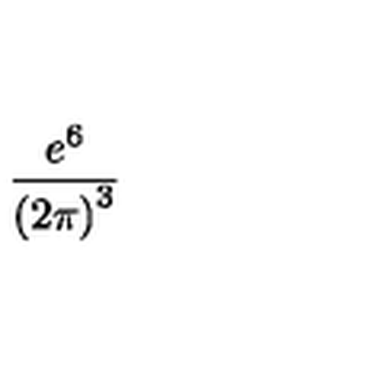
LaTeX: \frac { e ^ { 6 } } { \left( 2 \pi \right) ^ { 3 } }